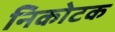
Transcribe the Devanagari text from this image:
निकोटक